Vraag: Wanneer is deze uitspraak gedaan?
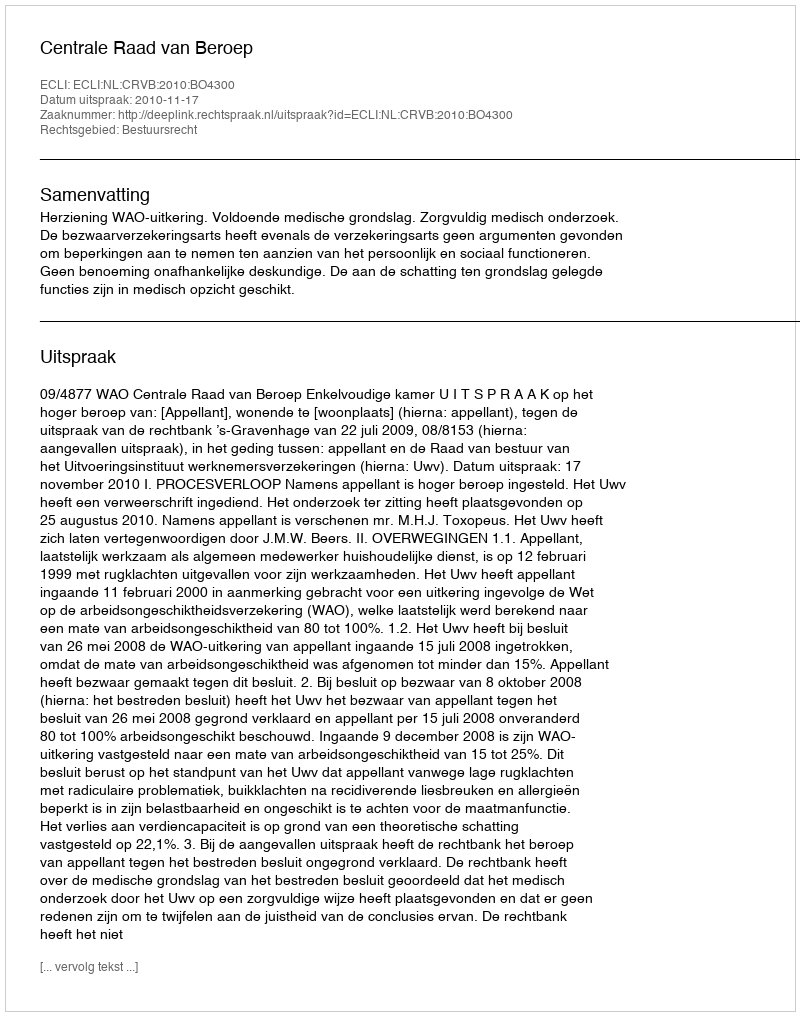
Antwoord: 2010-11-17